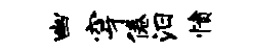
幽穿倦汨愤